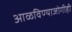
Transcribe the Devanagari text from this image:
आळविण्याजोगीही